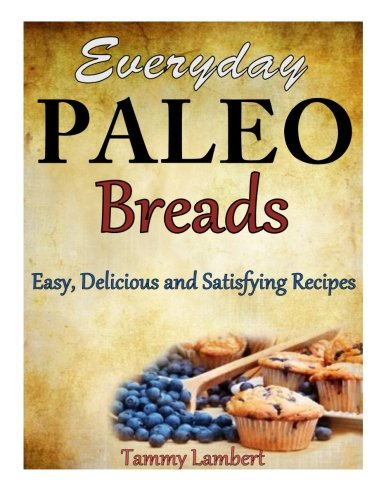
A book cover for Everyday Paleo Breads: Easy, Delicious and Satisfying Recipes; Tammy Lambert; Cookbooks, Food & Wine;